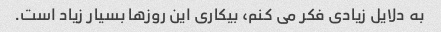
به دلایل زیادی فکر می کنم، بیکاری این روزها بسیار زیاد است.